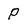
Character: p